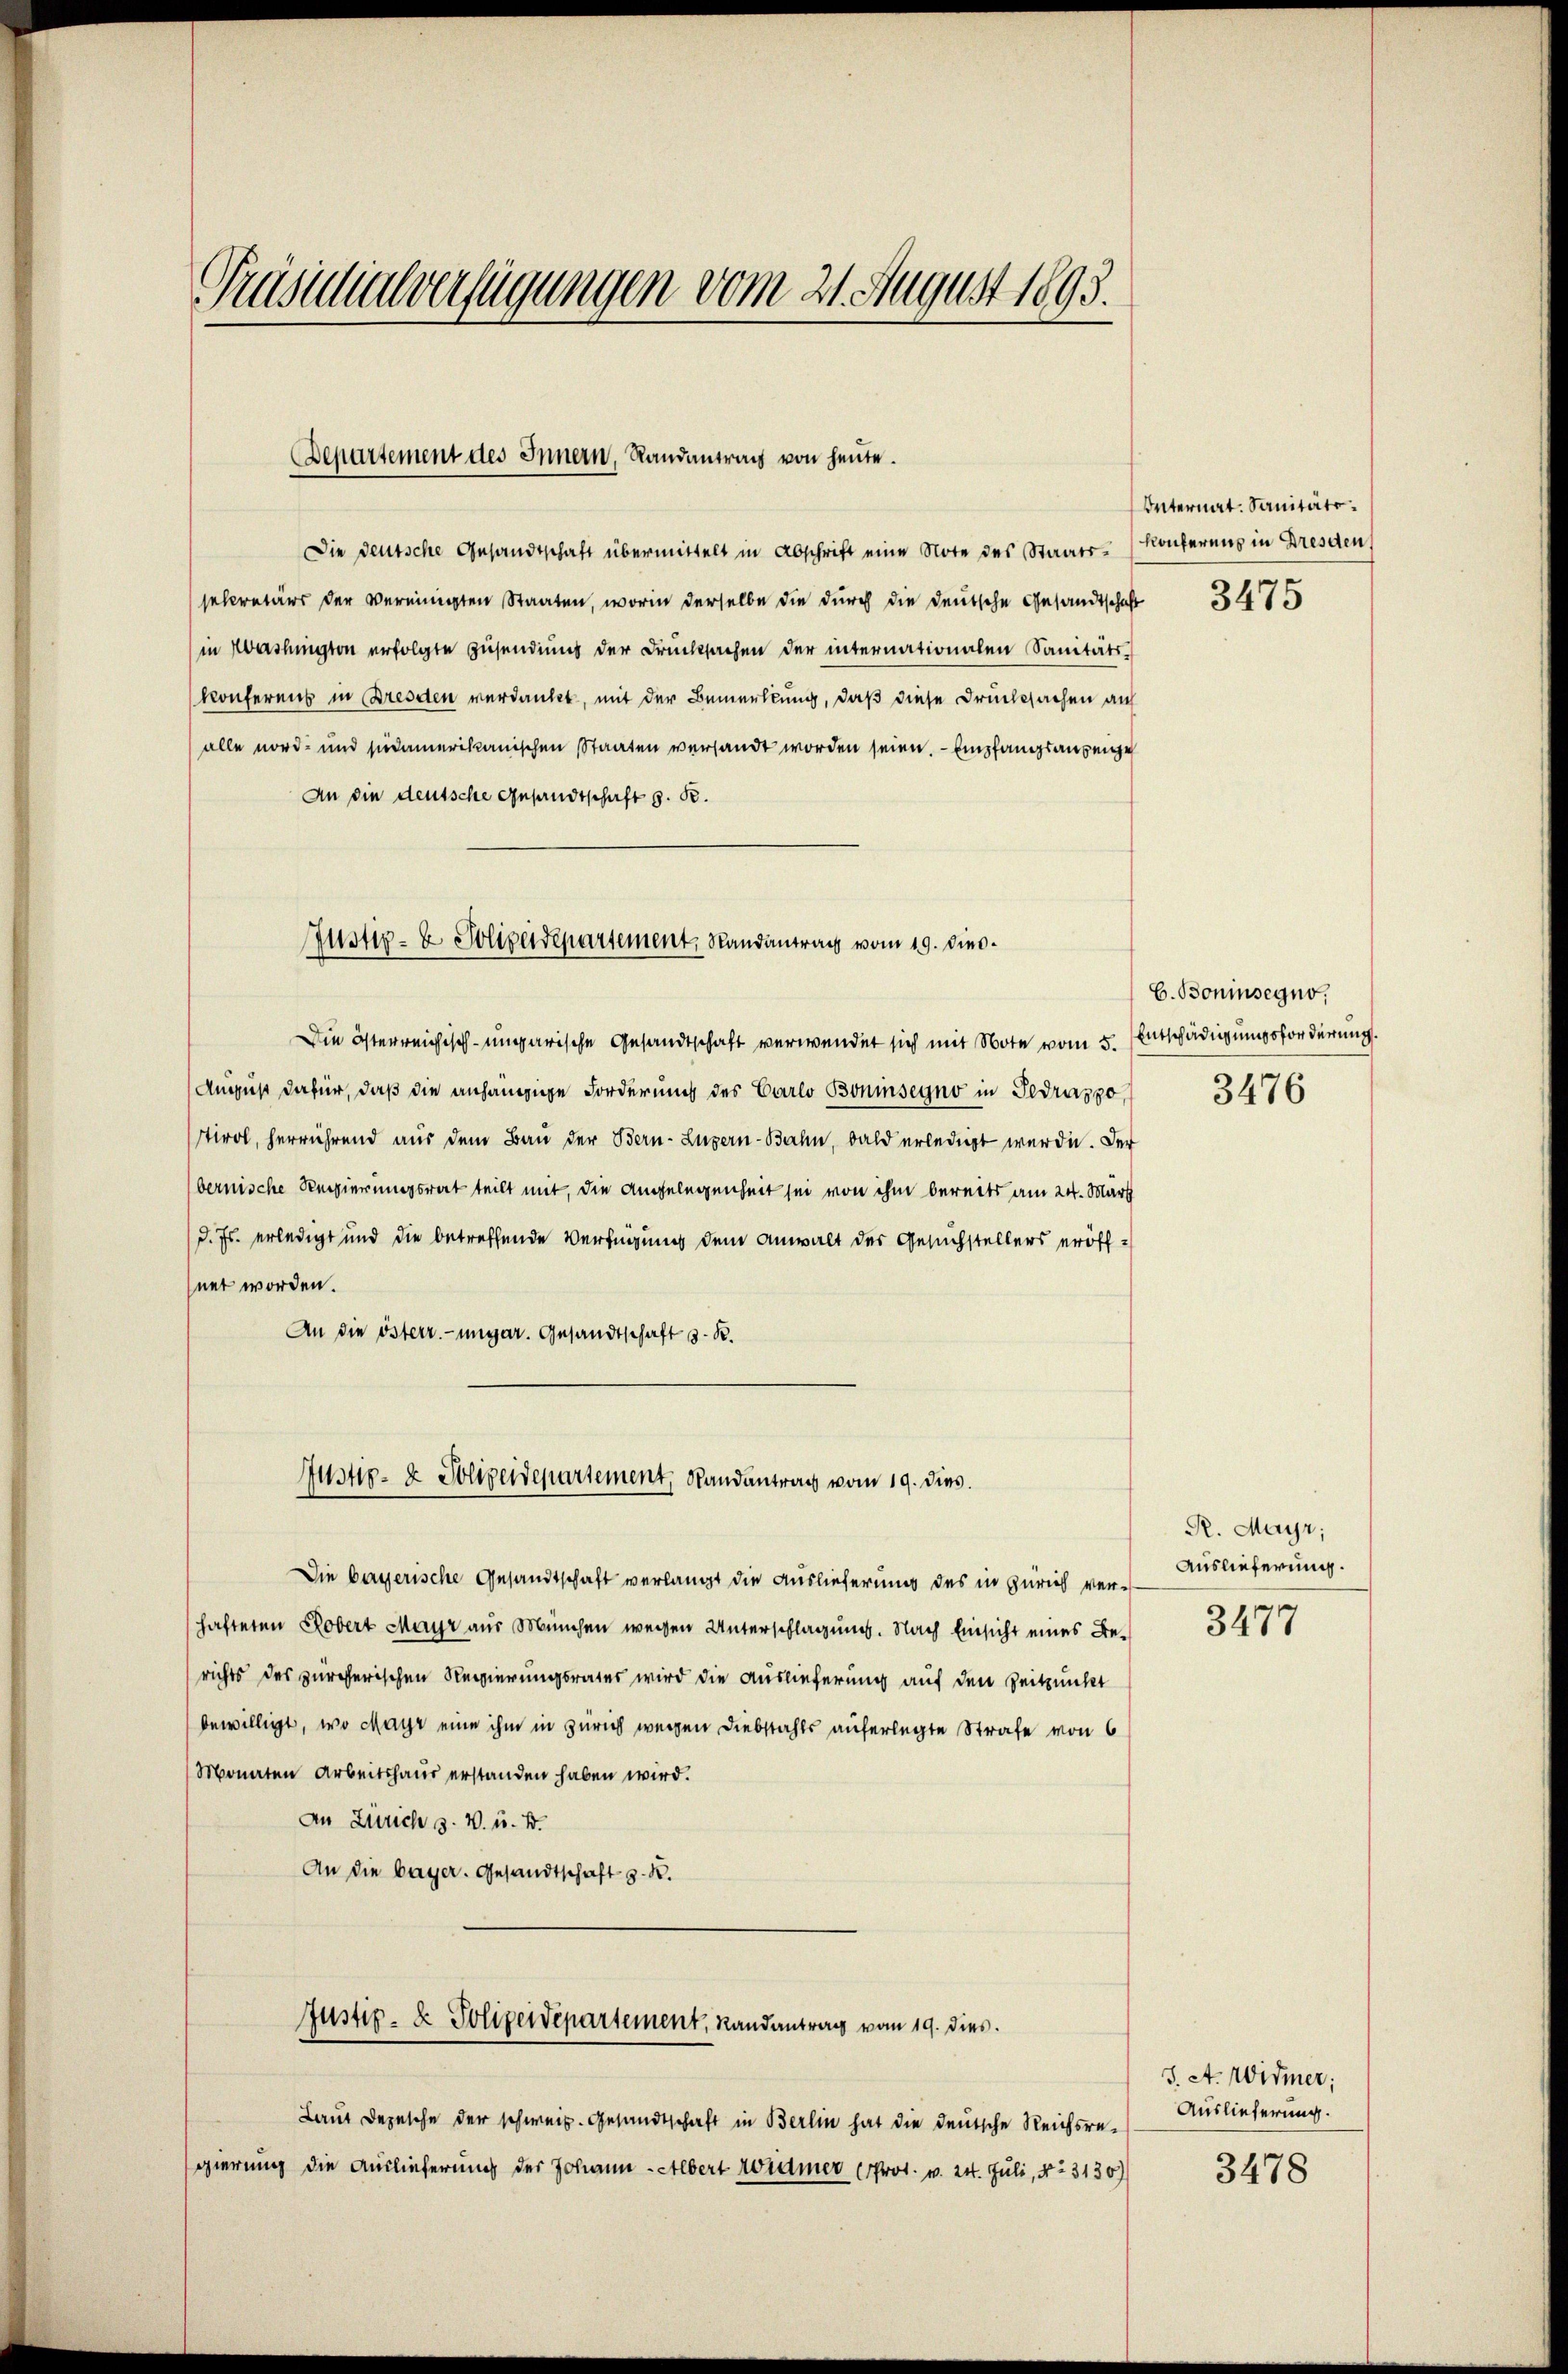
Präsidialverfügungen vom 21. August 1893.

Die deutsche Gesandtschaft übermittelt in Abschrift eine Note des Staats-Konfereng in Dresden
sekretärs der vereinigten Staaten, worin derselbe die durch die deutsche Gesandtschaft
in Washington erfolgte Zusendung der Drucksachen der internationalen Sanitäts-
konferens in Dresden verdankt, mit der Bemerkung, daß diese Drucksachen auf
alle nord- und siedamerikanischen Staaten versandt worden seien. - Empfangsanzeige
An die deutsche Gesandtschaft d. R.

Departement des Innern, Randantrag von heute.

Justiz- & Polizeidepartement, Randantrag vom 19. Dies

Die österreichisch-ungarische Gesandtschaft verwendet sich mit Note vom 5. Entschädigungsforderung
August dafür, daß die anhängige Forderung des Carlo Boninsegno in Gedrasso
tirol, herrührend aus dem Bau der Bern- Luzern-Bahn, bald erledigt werde. Der
bernische Regierungsrat teilt mit, die Angelegenheit sei von ihm bereits am 24. März
d. Js. erledigt und die betreffende Verfügung dem Anwalt des Gesuchstellers eröffhnet worden.
An die österr.-ungar. Gesandtschaft d. R.
Die bayerische Gesandtschaft verlangt die Auslieferung des in Zürich ver-
hafteten Robert Mayr aus München wegen Unterschlagung. Nach Einsicht eines Berichts des zürcherischen Regierungsrates wird die Auslieferung auf den Zeitpunkt
bewilligt, wo Mayr eine ihm in Zürich wegen Diebstahls auferlegte Strafe von 6
Monaten Arbeitshaus erstanden haben wird.
An Zürich s. v. u. B.
An die bayer. Gesandtschaft z. R.
Justiz- & Polizeidepartement, Randantrag vom 19. dies
Laut Depesche der schweiz. Gesandtschaft in Berlin hat die deutsche Reichsregierung die Auslieferung der Johann - Albert widmer (Prot. v. 24. Juli, No. 3130)

Justiz- & Polizeidepartement, Randantrag vom 19. dies

Internat. Sanitäte.

3475

C. Boninsegno,

3476

R. Mayr;
Auslieferung.

3477

J. A. Widmer;
Auslieferung.

3478